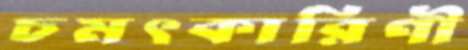
চমৎকারিণী